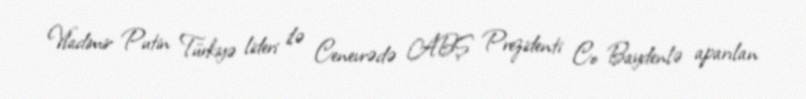
Vladimir Putin Türkiyə lideri ilə Cenevrədə ABŞ Prezidenti Co Baydenlə aparılan